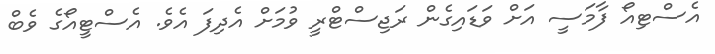
އެސްޓިއޯ ފާމަސީ އަށް ވަޑައިގެން ރަޖިސްޓްރީ ވުމަށް އެދިފަ އެވެ. އެސްޓީއޯގެ ވެބް